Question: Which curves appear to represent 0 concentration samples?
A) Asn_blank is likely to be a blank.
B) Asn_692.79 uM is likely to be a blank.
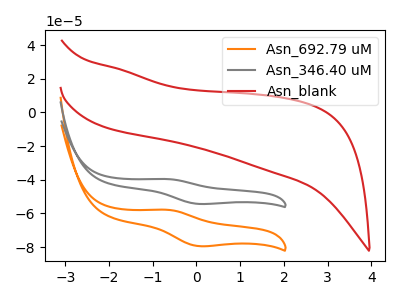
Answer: <think>The orange curve "Asn_692.79 uM" has an anodic peak at (-0.70V, -57.80uA) and a cathodic peak at (0.05V, -79.40uA). The gray curve "Asn_346.40 uM" has an anodic peak at (-0.70V, -39.55uA) and a cathodic peak at (0.05V, -54.35uA). The red curve "Asn_blank" has no peaks.</think>
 <answer>A) "Asn_blank" is likely to be a blank.</answer>
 <eval>A</eval>